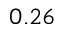
0 . 2 6